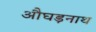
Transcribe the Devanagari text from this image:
औघड़नाथ